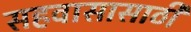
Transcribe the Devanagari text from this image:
सहवासासाठी